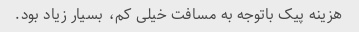
هزینه پیک باتوجه به مسافت خیلی کم، بسیار زیاد بود.